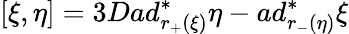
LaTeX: [\xi,\eta]=3Dad_{r_{+}(\xi)}^{\ast}\eta-ad_{r_{-}(\eta)}^{\ast}\xi